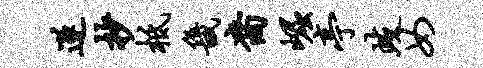
遂抄柢畿裔崛亭歧女